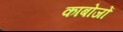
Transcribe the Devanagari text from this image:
काबोजों